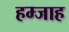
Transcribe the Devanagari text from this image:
हम्जाह